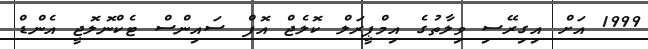
1999 އަށް އިގިރޭސި ވިލާތުގެ އިމްޕީރަލް ކޮލެޖް އޮފް ސައިންސް ޓެކްނޮލޮޖީ އެންޑް